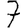
Digit: 7